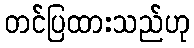
တင်ပြထားသည်ဟု